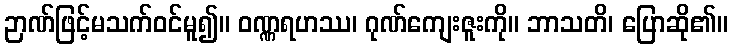
ဉာဏ်ဖြင့်မသက်ဝင်မူ၍။ ဝဏ္ဏရဟဿ၊ ဂုဏ်ကျေးဇူးကို။ ဘာသတိ၊ ပြောဆို၏။